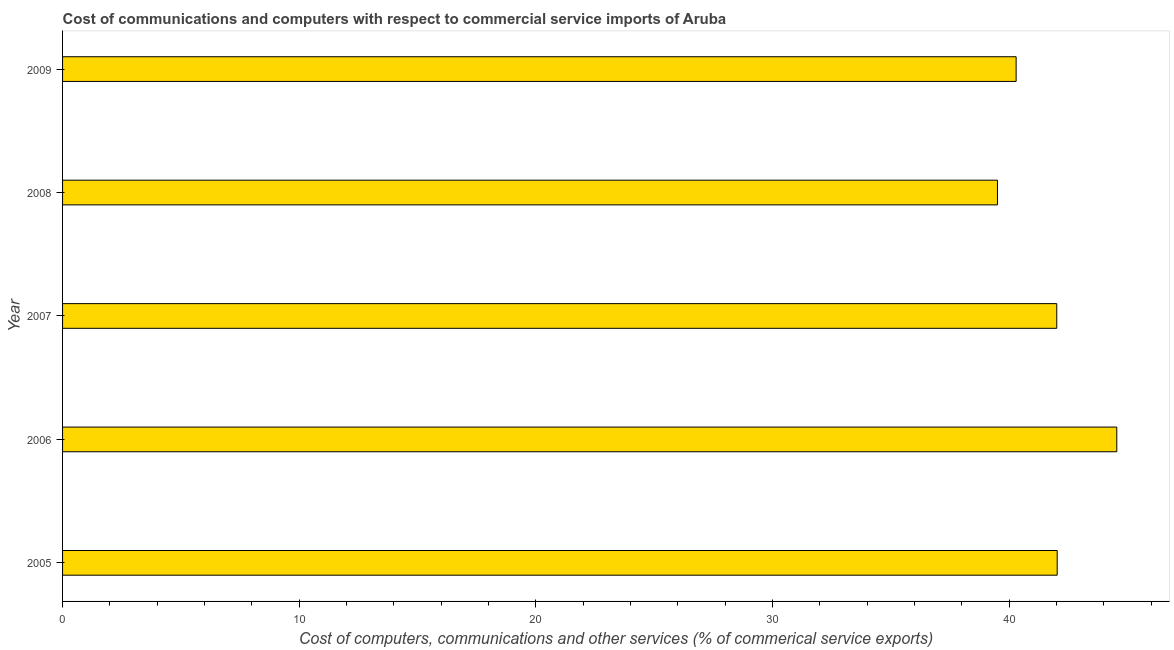
| Year | Computer |
 | --- | --- |
 | 2005 | 42 |
 | 2006 | 44.6 |
 | 2007 | 42 |
 | 2008 | 39.5 |
 | 2009 | 40.3 |